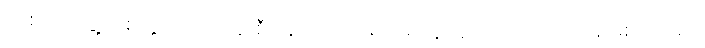
အစိုးရအဖွဲ့သစ်တွင် လုပ်ငန်းစီမံချက်အား ရဟမတွလ္လာဟ် သုတေသနဖြစ်ပါသည်